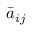
\bar { a } _ { i j }